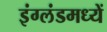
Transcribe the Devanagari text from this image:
इंग्लंडमध्यें